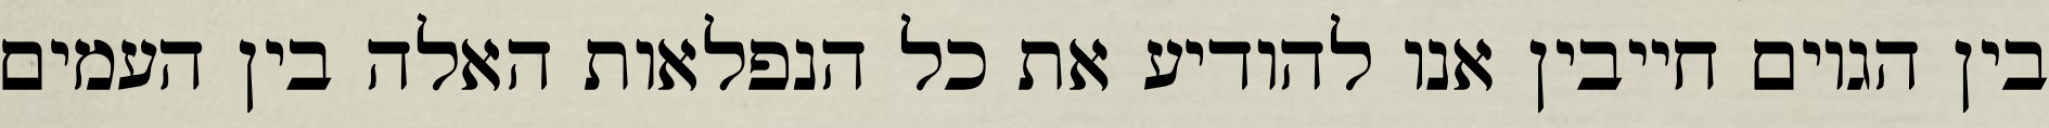
בין הגוים חייבין אנו להודיע את כל הנפלאות האלה בין העמים